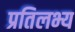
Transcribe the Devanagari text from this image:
प्रतिलभ्य